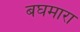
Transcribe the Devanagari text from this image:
बघमारा